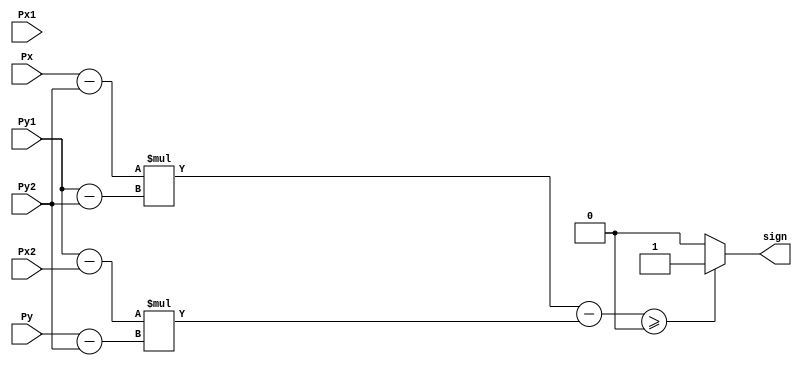
module sign (
    input [11:0] Px1, Py1, Px2, Py2, Px, Py,
    output sign
);

    wire signed [11:0] Sub1, Sub2, Sub3, Sub4;

    wire signed [22:0] Mult1, Mult2, Sub5;

    assign Sub1 = Px - Py2;
    assign Sub2 = Py1 - Py2;
    assign Sub3 = Py1 - Px2;
    assign Sub4 = Py - Py2;

    assign Mult1 = Sub1 * Sub2;
    assign Mult2 = Sub3 * Sub4;

    assign Sub5 = Mult1 - Mult2;

    assign sign = (Sub5 >= 0) ? 1 : 0; 

endmodule


module TestTriangle (
    input [11:0] Px1, Py1, Px2, Py2, Px3, Py3, Px, Py,
    output inside
);

    wire sign1, sign2, sign3;

    assign inside = (sign1 == 1 && sign2 == 1 && sign3 == 1) ? 1:0;

    sign out1(Px1, Py1, Px2, Py2, Px, Py, sign1);
    sign out2(Px2, Py2, Px3, Py3, Px, Py, sign2);
    sign out3(Px3, Py3, Px1, Py1, Px, Py, sign3);

endmodule

module Test;
    reg [11:0] Px1, Py1, Px2, Py2, Px3, Py3, Px, Py;
    
    wire inside;

    TestTriangle A(Px1, Py1, Px2, Py2, Px3, Py3, Px, Py, inside);

    initial
        begin
           $dumpvars(0,A);
           #1

           Px1 <= 10;
           Py1 <= 10;
           Px2 <= 30;
           Py2 <= 10;
           Px3 <= 20;
           Py3 <= 30;
           Px <= 15;
           Py <= 15;

           #1
           Px <= 15;
           Py <= 15;
           #1
           Px <= 9;
           Py <= 15;
           #1
           Px <= 10;
           Py <= 11;
           #1
           Px <= 30;
           Py <= 11;
           #40
           $finish;
        end
endmodule